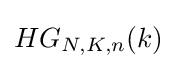
HG_{N,K,n}(k)